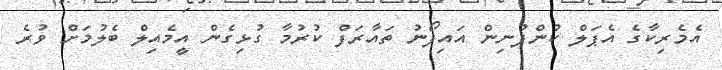
އެމެރިކާގެ އެޕަލް ކުންފުނިން އައިފޯނު ތައާރަފް ކުރުމާ ގުޅިގެން އީމެއިލް ބެލުމަށް ވުރެ